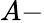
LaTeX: A-